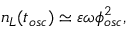
n _ { L } ( t _ { o s c } ) \simeq \varepsilon \omega \phi _ { o s c } ^ { 2 } ,